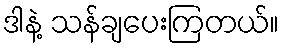
ဒါနဲ့ သန်ချပေးကြတယ်။